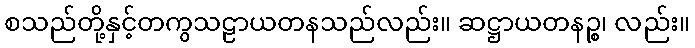
စသည်တို့နှင့်တကွသဠာယတနသည်လည်း။ ဆဋ္ဌာယတနဉ္စ၊ လည်း။